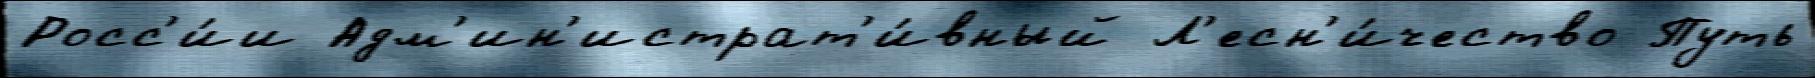
Росс'и́и Адм'ин'истрат'и́вный Л'есн'и́чество Путь